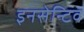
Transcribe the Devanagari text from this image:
इनसेन्टिव